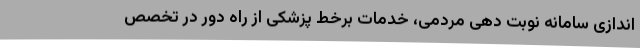
اندازی سامانه نوبت دهی مردمی، خدمات برخط پزشکی از راه دور در تخصص